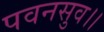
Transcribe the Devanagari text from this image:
पवनसुव।।